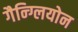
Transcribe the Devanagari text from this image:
गैन्ग्लियोन